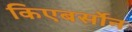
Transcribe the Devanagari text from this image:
किएबर्सोन